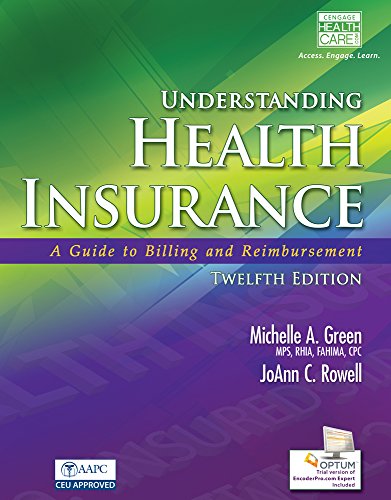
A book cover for Understanding Health Insurance: A Guide to Billing and Reimbursement (Book Only); Michelle A. Green; Medical Books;